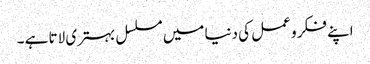
اپنے فکر و عمل کی دنیا میں مسلسل بہتری لاتا ہے ۔